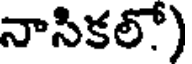
నాసికలో)